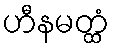
ဟီနမတ္ထံ